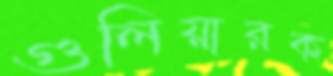
গুলিয়ারক